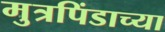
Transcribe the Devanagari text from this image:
मुत्रपिंडाच्या